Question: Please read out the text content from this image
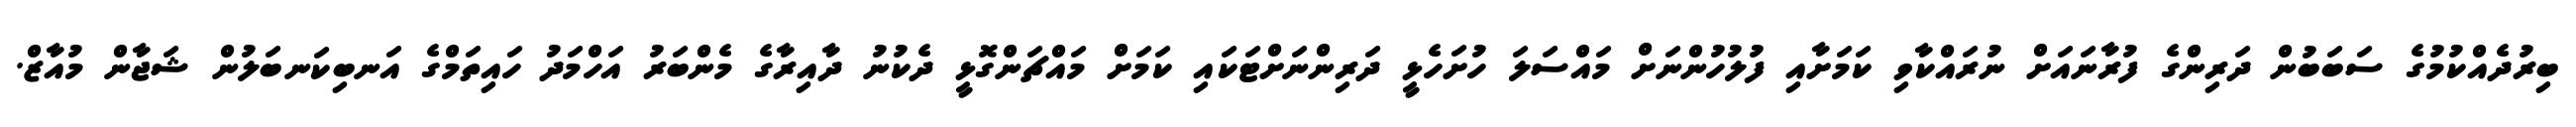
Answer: ބިރުދެއްކުމުގެ ސަބަބުން ދަރިންގެ ފުރާނައަށް ނުރައްކާވި ކަމަށާއި ފުލުހުންނަށް މައްސަލަ ހުށަހެޅީ ދަރިންނަށްޓަކައި ކަމަށް މައްޗަންގޮޅީ ދެކުނު ދާއިރާގެ މެންބަރު އަހްމަދު ހައިތަމްގެ އަނބިކަނބަލުން ޝަޖާން މުއާޒް.